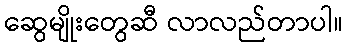
ဆွေမျိုးတွေဆီ လာလည်တာပါ။